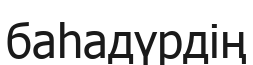
баһадүрдің